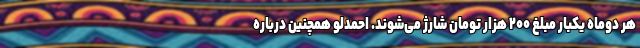
هر دوماه یکبار مبلغ ۲۰۰ هزار تومان شارژ می‌شوند. احمدلو همچنین درباره